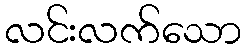
လင်းလက်သော